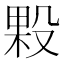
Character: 𭮲